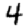
Digit: 4